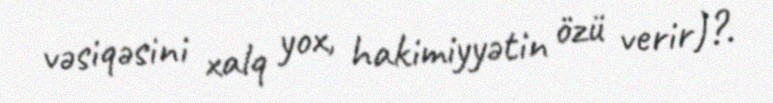
vəsiqəsini xalq yox, hakimiyyətin özü verir)?.